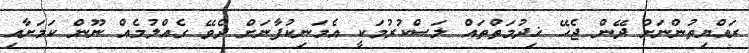
ރައްޔިތުންނަށް ދޭން ޖެހޭ ޚިދުމަތްތައް ލަސްކުރުމަކީ އެމަނިކުފާނަށް ދެވޭ ގެއްލުމެއް ނޫން ކަމަށާއި